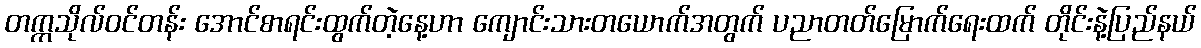
တက္ကသိုလ်ဝင်တန်း အောင်စာရင်းထွက်တဲ့နေ့ဟာ ကျောင်းသားတယောက်အတွက် ပညာတတ်မြောက်ရေးထက် တိုင်းနဲ့ပြည်နယ်